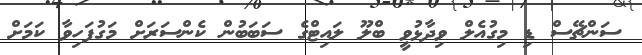
ސަންޗޭސް ޑި މިގުއެލް ވިދާޅުވީ ބްލޫ ލައިޓްގެ ސަބަބުން ކެންސަރަށް މަގުފަހިވާ ކަމަށް